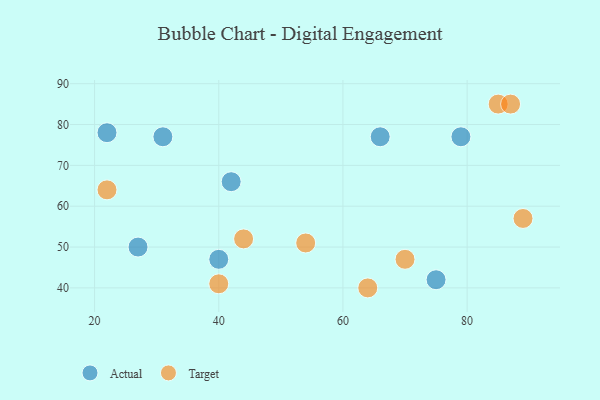
{"axis": {"x": "GDP", "y": "Life Expectancy"}, "legend": ["Actual", "Target"], "data": [{"x": "31", "y": 77, "type": "Actual"}, {"x": "75", "y": 42, "type": "Actual"}, {"x": "66", "y": 77, "type": "Actual"}, {"x": "27", "y": 50, "type": "Actual"}, {"x": "40", "y": 47, "type": "Actual"}, {"x": "79", "y": 77, "type": "Actual"}, {"x": "22", "y": 78, "type": "Actual"}, {"x": "42", "y": 66, "type": "Actual"}, {"x": "22", "y": 64, "type": "Target"}, {"x": "40", "y": 41, "type": "Target"}, {"x": "54", "y": 51, "type": "Target"}, {"x": "85", "y": 85, "type": "Target"}, {"x": "44", "y": 52, "type": "Target"}, {"x": "89", "y": 57, "type": "Target"}, {"x": "64", "y": 40, "type": "Target"}, {"x": "70", "y": 47, "type": "Target"}, {"x": "87", "y": 85, "type": "Target"}]}